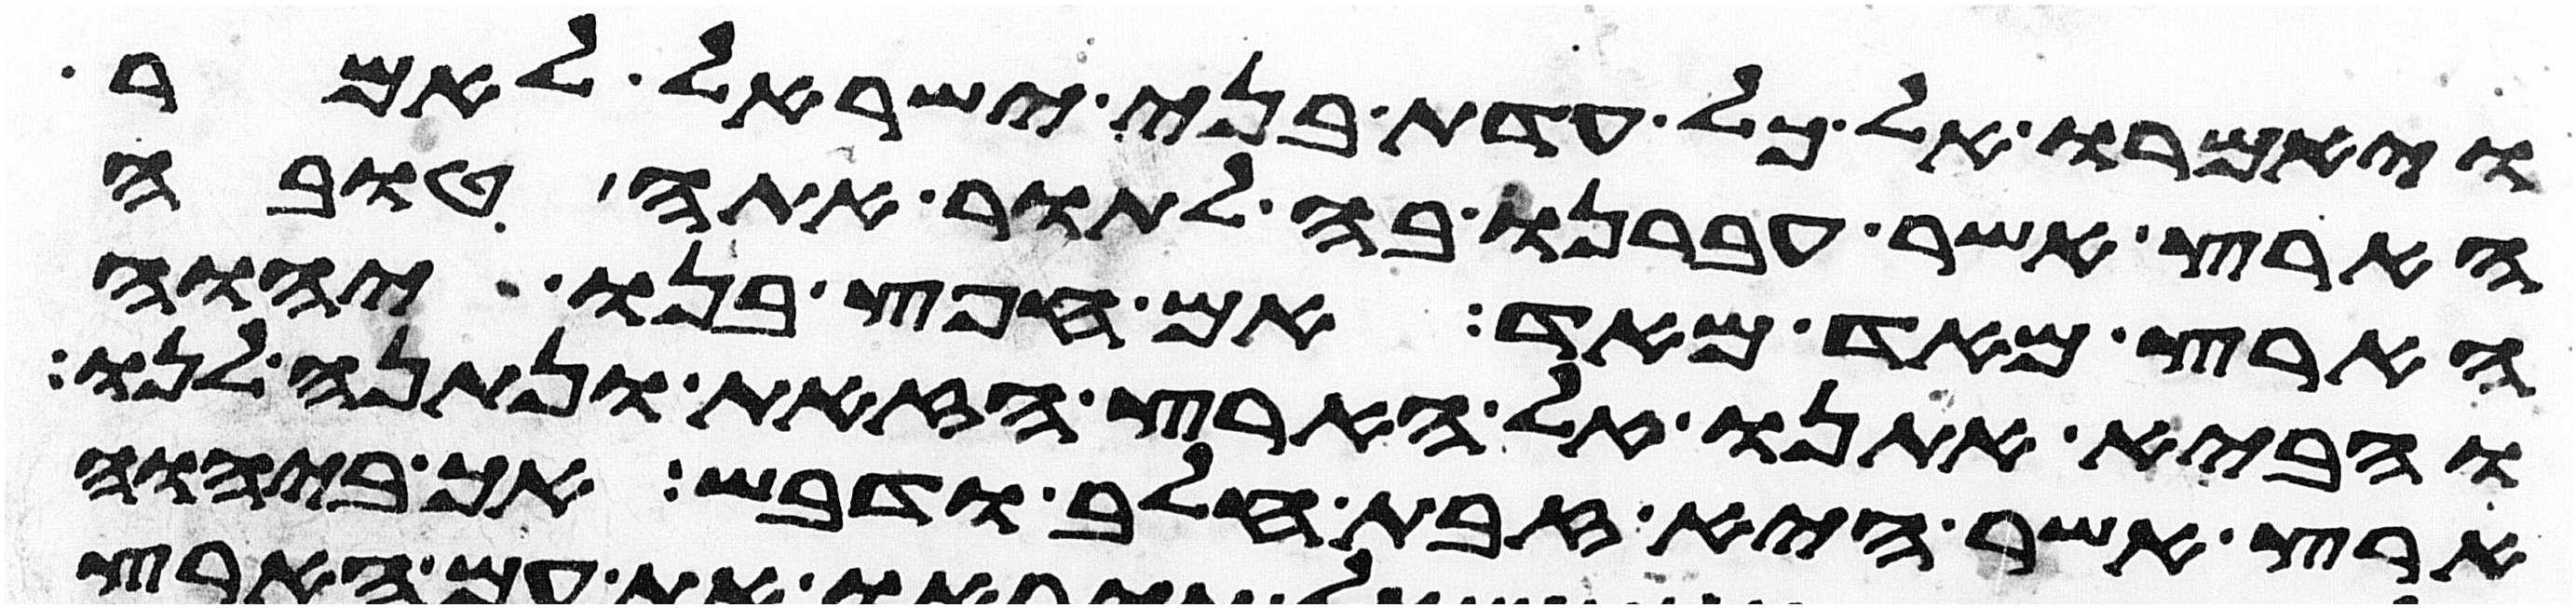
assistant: ויאמרו אל כל עדת בני ישראל לאמר
הארץ אשר עברנו בה לתור אתה טובה
הארץ מאד מאד אם חפץ בנו יהוה
והביא אתנו אל הארץ הזאת ונתנה לנו
ארץ אשר היא זבת חלב ודבש אך ביהוה